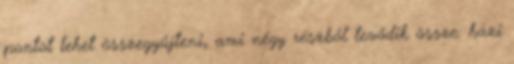
pontot lehet összegyűjteni, ami négy részből tevődik össze: házi